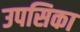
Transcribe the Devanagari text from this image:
उपसिका